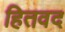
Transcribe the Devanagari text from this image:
हितवद